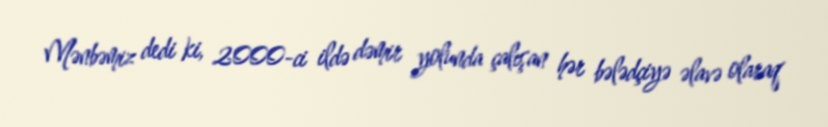
Mənbəmiz dedi ki, 2000-ci ildə dəmir yolunda çalışan hər bələdçiyə əlavə olaraq